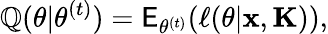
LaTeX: \mathbb{Q}(\theta|\theta^{(t)})=\mathsf{E}_{\theta^{(t)}}(\ell(\theta|\mathbf{x},\mathbf{K})),